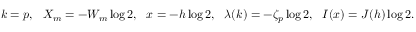
k = p , \ \ X _ { m } = - W _ { m } \log 2 , \ \ x = - h \log 2 , \ \ \lambda ( k ) = - \zeta _ { p } \log 2 , \ \ I ( x ) = J ( h ) \log 2 .